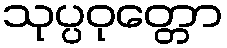
သုပ္ပဝုတ္တော